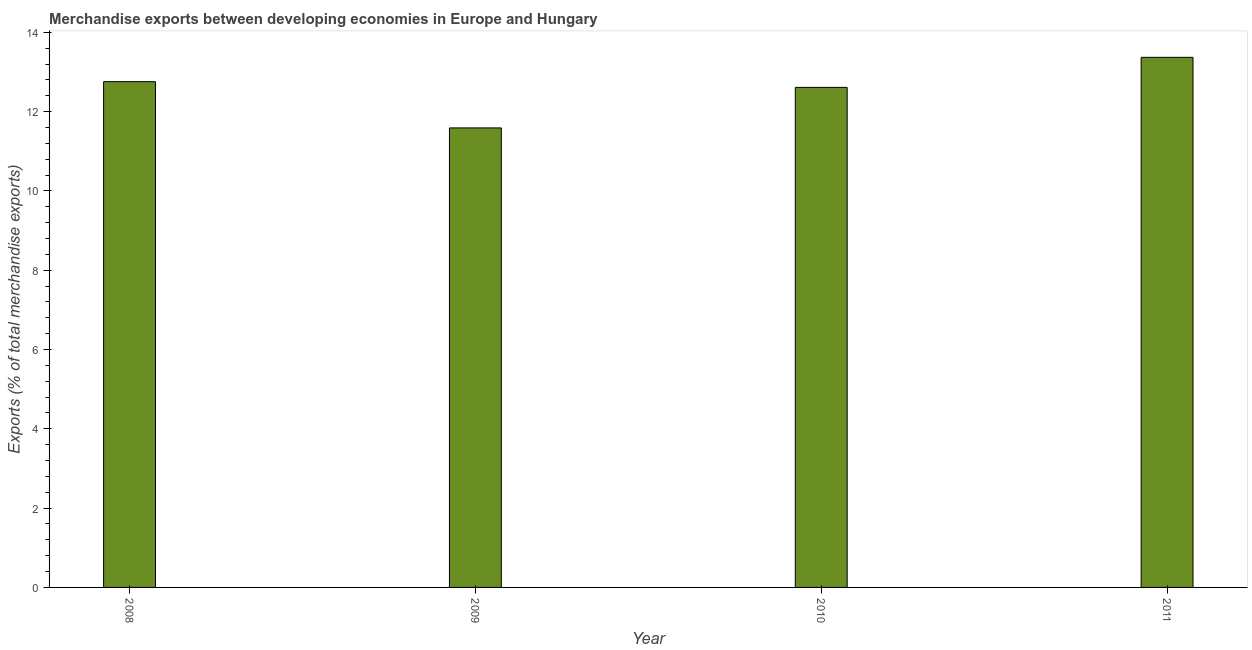
| Year | Merchandise Exports |
 | --- | --- |
 | 2008 | 12.8 |
 | 2009 | 11.6 |
 | 2010 | 12.6 |
 | 2011 | 13.4 |